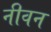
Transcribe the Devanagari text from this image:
नीवन